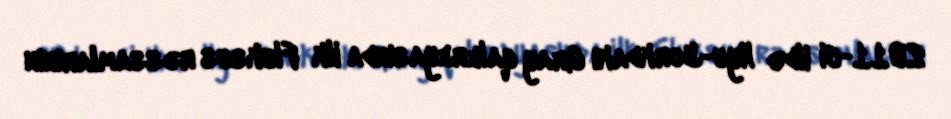
2011-ci ildə Nyu-Yorkdakı Gray qalereyasında ilk Fluksus rəssamlarının